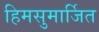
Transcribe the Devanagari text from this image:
हिमसुमार्जित